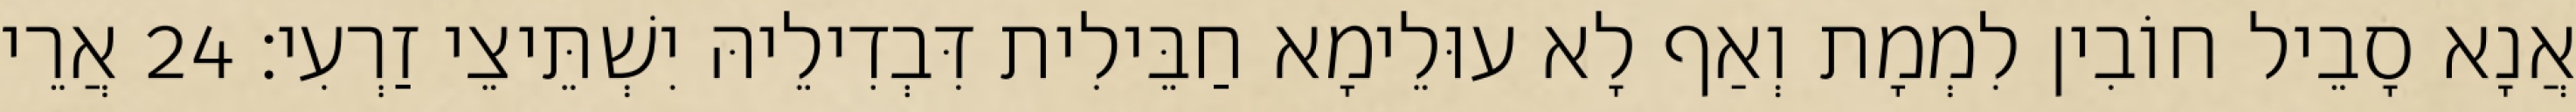
אֲנָא סָבֵיל חוֹבִין לִמְמָת וְאַף לָא עוּלֵימָא חַבֵּילִית דִּבְדִילֵיהּ יִשְׁתֵּיצֵי זַרְעִי׃ 24 אֲרֵי